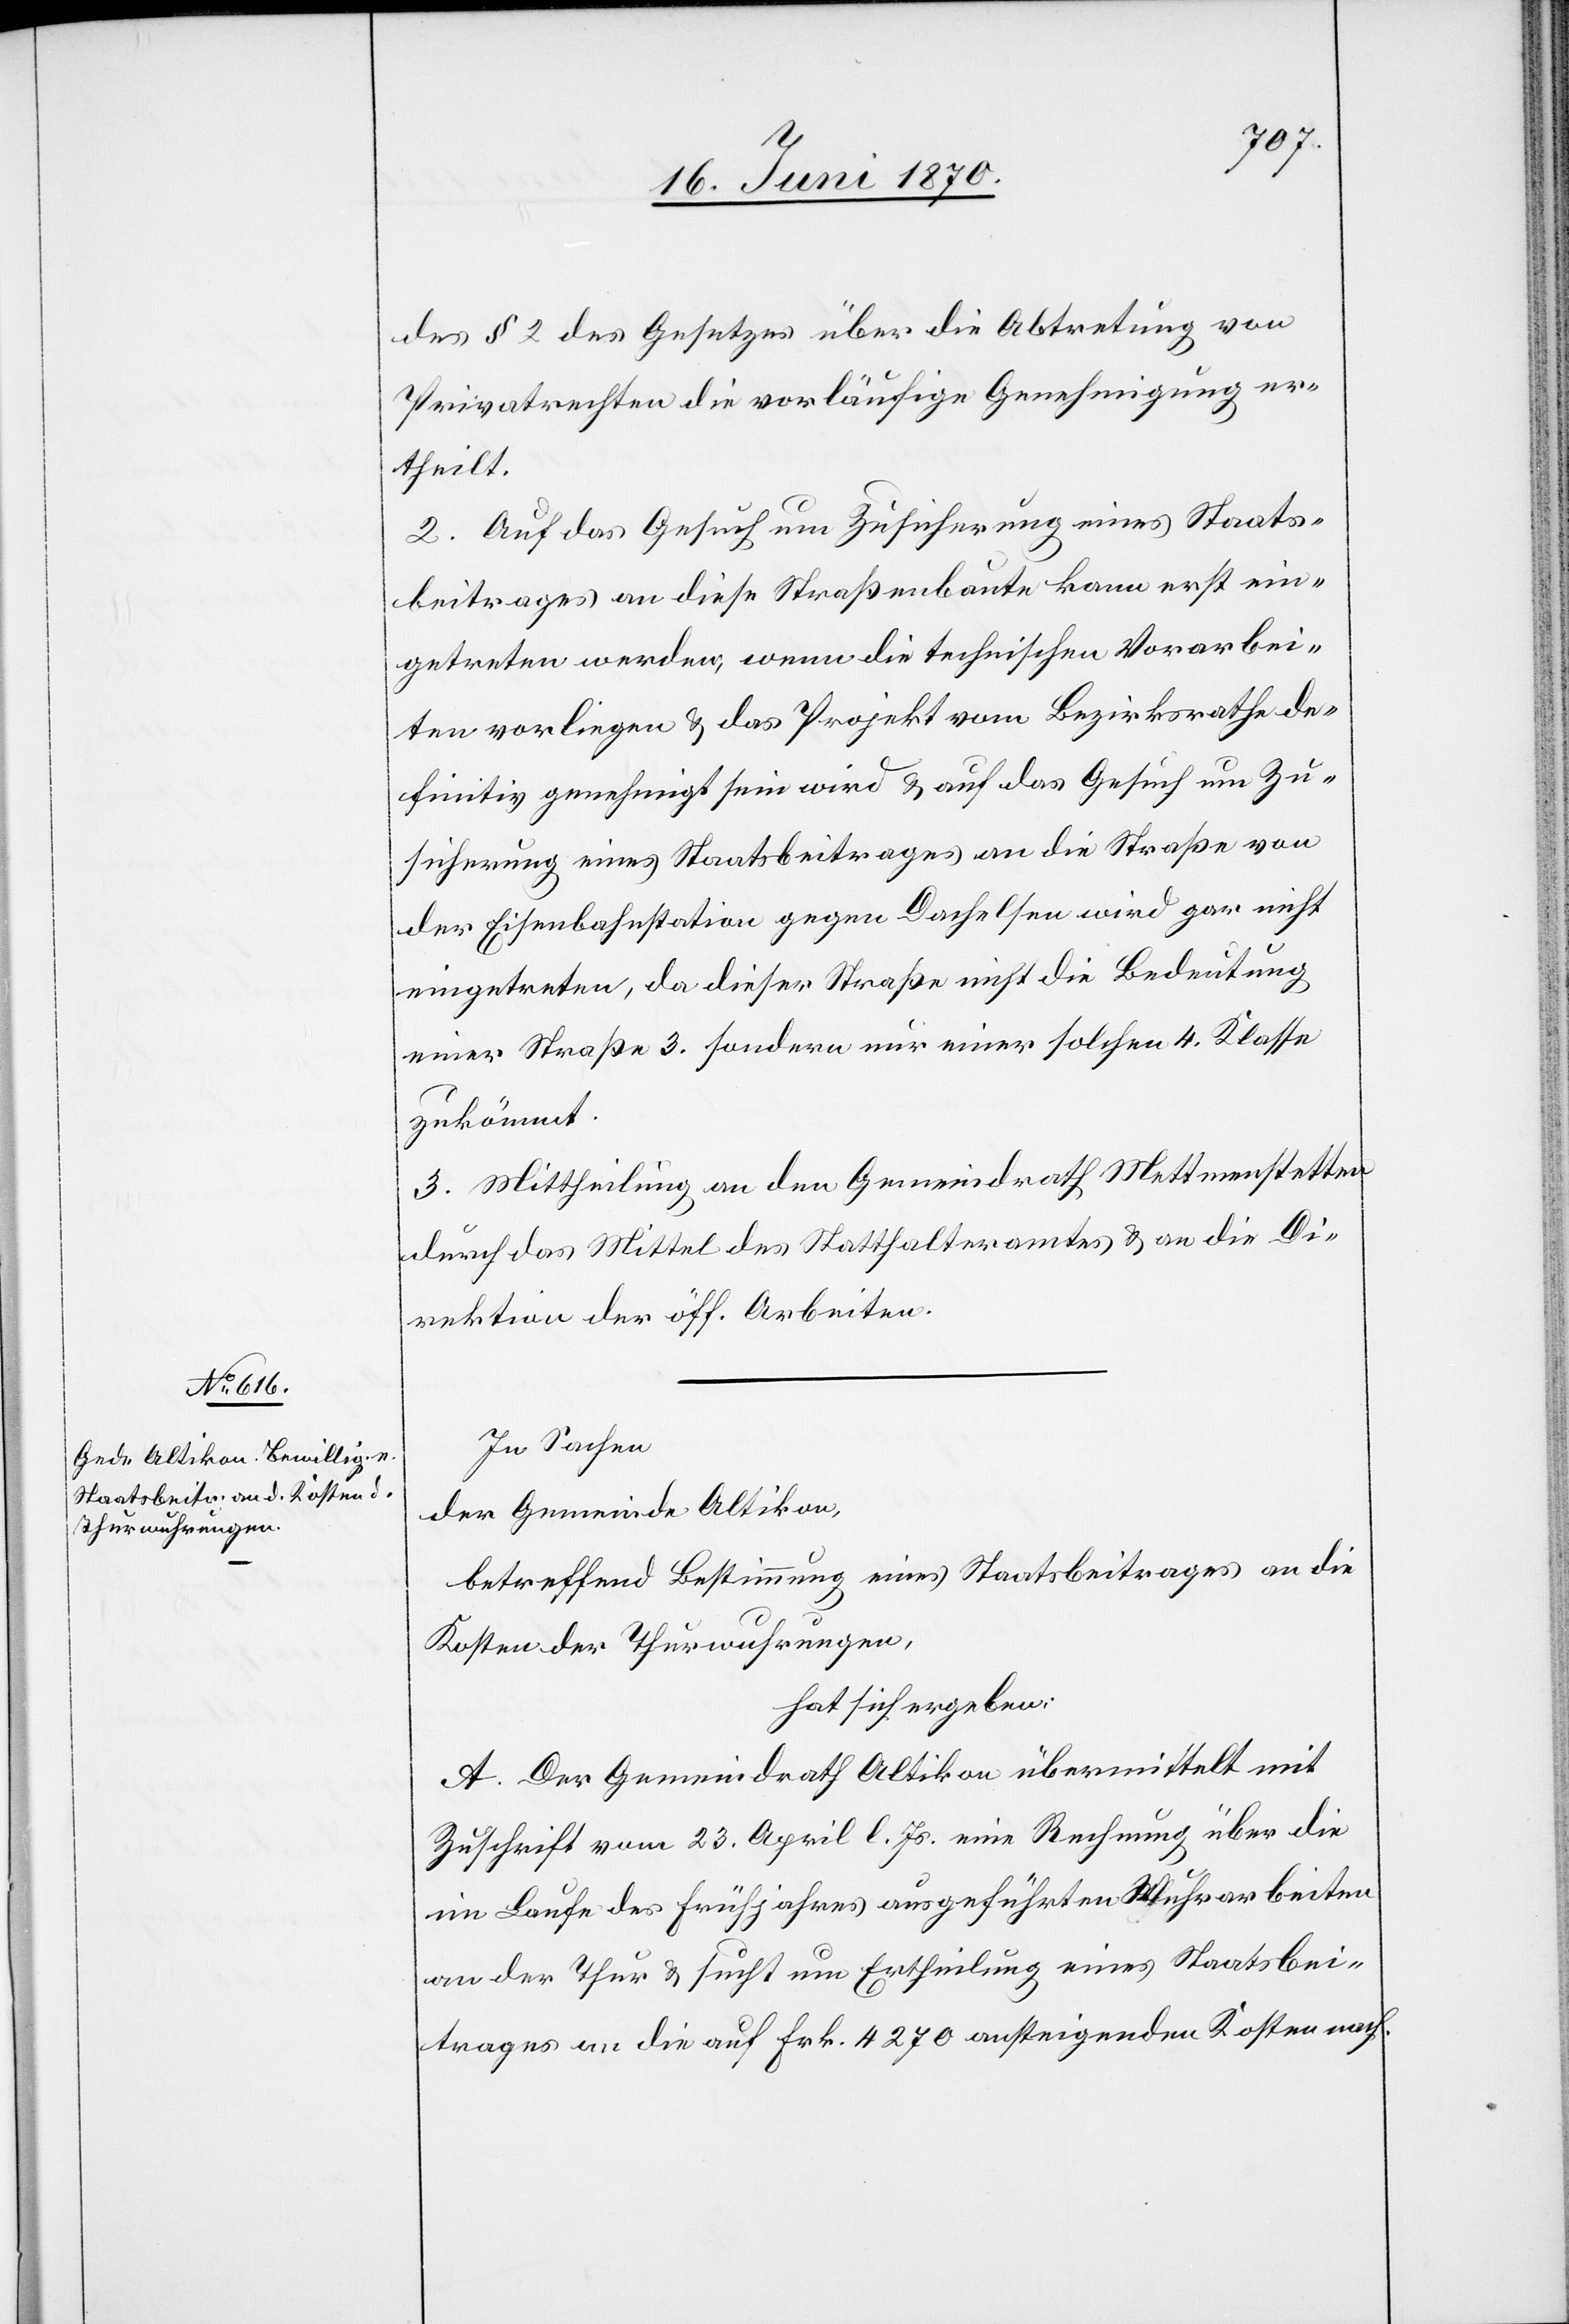
des § 2 des Gesetzes über die Abtretung von
Privatrechten die vorläufige Genehmigung er¬
theilt.
2. Auf das Gesuch um Zusicherung eines Staats¬
beitrages an diese Straßenbaute kann erst ein¬
getreten werden, wenn die technischen Vorarbei¬
ten vorliegen & das Projekt vom Bezirksrathe de¬
finitiv genehmigt sein wird & auf das Gesuch um Zu¬
sicherung eines Staatsbeitrages an die Straße von
der Eisenbahnstation gegen Dachelsen wird gar nicht
eingetreten, da dieser Straße nicht die Bedeutung
einer Straße 3. sondern nur einer solchen 4. Klasse
zukömmt.
3. Mittheilung an den Gemeindrath Mettmenstetten
durch das Mittel des Statthalteramtes & an die Di¬
rektion der öff. Arbeiten.
In Sachen
der Gemeinde Altikon,
betreffend Bestimmung eines Staatsbeitrages an die
Kosten der Thurwuhrungen,
hat sich ergeben:
A. Der Gemeindrath Altikon übermittelt mit
Zuschrift vom 23. April l. Js. eine Rechnung über die
im Laufe des Frühjahres ausgeführten Wuhrarbeiten
an der Thur & sucht um Ertheilung eines Staatsbei¬
trages an die auf Frk. 4270 ansteigenden Kosten nach.